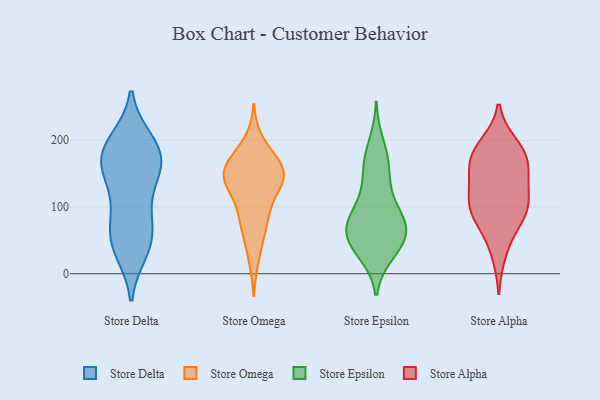
{"axis": {"x": "Market Share (%)", "y": "Value"}, "legend": ["Store Alpha", "Store Delta", "Store Epsilon", "Store Omega"], "data": [{"x": "", "y": 129, "type": "Store Delta"}, {"x": "", "y": 160, "type": "Store Delta"}, {"x": "", "y": 90, "type": "Store Delta"}, {"x": "", "y": 199, "type": "Store Delta"}, {"x": "", "y": 200, "type": "Store Delta"}, {"x": "", "y": 159, "type": "Store Delta"}, {"x": "", "y": 163, "type": "Store Delta"}, {"x": "", "y": 33, "type": "Store Delta"}, {"x": "", "y": 45, "type": "Store Delta"}, {"x": "", "y": 66, "type": "Store Delta"}, {"x": "", "y": 36, "type": "Store Delta"}, {"x": "", "y": 178, "type": "Store Delta"}, {"x": "", "y": 152, "type": "Store Delta"}, {"x": "", "y": 57, "type": "Store Delta"}, {"x": "", "y": 93, "type": "Store Delta"}, {"x": "", "y": 175, "type": "Store Delta"}, {"x": "", "y": 195, "type": "Store Delta"}, {"x": "", "y": 89, "type": "Store Omega"}, {"x": "", "y": 124, "type": "Store Omega"}, {"x": "", "y": 149, "type": "Store Omega"}, {"x": "", "y": 133, "type": "Store Omega"}, {"x": "", "y": 151, "type": "Store Omega"}, {"x": "", "y": 61, "type": "Store Omega"}, {"x": "", "y": 97, "type": "Store Omega"}, {"x": "", "y": 173, "type": "Store Omega"}, {"x": "", "y": 170, "type": "Store Omega"}, {"x": "", "y": 159, "type": "Store Omega"}, {"x": "", "y": 140, "type": "Store Omega"}, {"x": "", "y": 146, "type": "Store Omega"}, {"x": "", "y": 71, "type": "Store Omega"}, {"x": "", "y": 23, "type": "Store Omega"}, {"x": "", "y": 198, "type": "Store Omega"}, {"x": "", "y": 150, "type": "Store Omega"}, {"x": "", "y": 86, "type": "Store Epsilon"}, {"x": "", "y": 30, "type": "Store Epsilon"}, {"x": "", "y": 165, "type": "Store Epsilon"}, {"x": "", "y": 28, "type": "Store Epsilon"}, {"x": "", "y": 47, "type": "Store Epsilon"}, {"x": "", "y": 82, "type": "Store Epsilon"}, {"x": "", "y": 61, "type": "Store Epsilon"}, {"x": "", "y": 69, "type": "Store Epsilon"}, {"x": "", "y": 72, "type": "Store Epsilon"}, {"x": "", "y": 81, "type": "Store Epsilon"}, {"x": "", "y": 107, "type": "Store Epsilon"}, {"x": "", "y": 170, "type": "Store Epsilon"}, {"x": "", "y": 53, "type": "Store Epsilon"}, {"x": "", "y": 198, "type": "Store Epsilon"}, {"x": "", "y": 58, "type": "Store Epsilon"}, {"x": "", "y": 33, "type": "Store Epsilon"}, {"x": "", "y": 125, "type": "Store Epsilon"}, {"x": "", "y": 69, "type": "Store Epsilon"}, {"x": "", "y": 131, "type": "Store Epsilon"}, {"x": "", "y": 167, "type": "Store Epsilon"}, {"x": "", "y": 135, "type": "Store Alpha"}, {"x": "", "y": 90, "type": "Store Alpha"}, {"x": "", "y": 175, "type": "Store Alpha"}, {"x": "", "y": 28, "type": "Store Alpha"}, {"x": "", "y": 195, "type": "Store Alpha"}, {"x": "", "y": 61, "type": "Store Alpha"}, {"x": "", "y": 178, "type": "Store Alpha"}, {"x": "", "y": 194, "type": "Store Alpha"}, {"x": "", "y": 115, "type": "Store Alpha"}, {"x": "", "y": 103, "type": "Store Alpha"}, {"x": "", "y": 87, "type": "Store Alpha"}, {"x": "", "y": 169, "type": "Store Alpha"}, {"x": "", "y": 158, "type": "Store Alpha"}, {"x": "", "y": 106, "type": "Store Alpha"}, {"x": "", "y": 85, "type": "Store Alpha"}, {"x": "", "y": 129, "type": "Store Alpha"}, {"x": "", "y": 157, "type": "Store Alpha"}]}